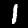
Label: 1